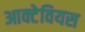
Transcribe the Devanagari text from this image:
आक्टेवियस